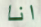
انا